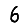
Digit: 6